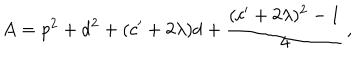
A = { \sf p } ^ { 2 } + { \sf d } ^ { 2 } + ( c ^ { \prime } + 2 \lambda ) { \sf d } + \frac { ( c ^ { \prime } + 2 \lambda ) ^ { 2 } - 1 } { 4 } \, ,